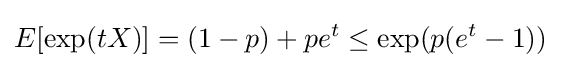
E[\exp(tX)]=(1-p)+pe^{t}\leq \exp(p(e^{t}-1))